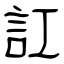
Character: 訌